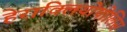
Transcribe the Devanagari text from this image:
हेराक्लियोपोलिस